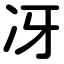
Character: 冴